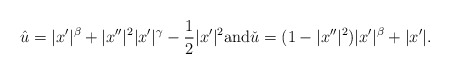
\begin{align*}\hat u = |x'|^{\beta} + |x''|^2 |x'|^{\gamma} - \frac12 |x'|^2 \textrm{and} \check u = (1 - |x''|^2) |x'|^{\beta} + |x'|.\end{align*}